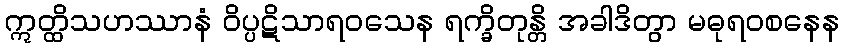
ဣတ္ထိသဟဿာနံ ဝိပ္ပဋိသာရဝသေန ရက္ခိတုန္တိ အခါဒိတွာ မဓုရဝစနေန